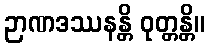
ဉာဏဒဿနန္တိ ဝုတ္တန္တိ။